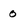
Character: 0